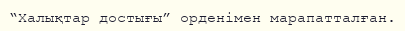
“Халықтар достығы” орденімен марапатталған.